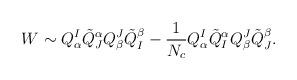
LaTeX: \begin{align*}W\sim Q^I_\alpha\tilde{Q}^\alpha_JQ^J_\beta\tilde{Q}^\beta_I-\frac{1}{N_c}Q^I_\alpha\tilde{Q}^\alpha_IQ^J_\beta\tilde{Q}^\beta_J.\end{align*}